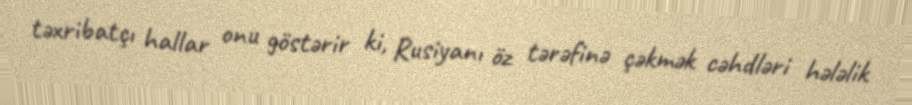
təxribatçı hallar onu göstərir ki, Rusiyanı öz tərəfinə çəkmək cəhdləri hələlik